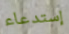
إستدعاء